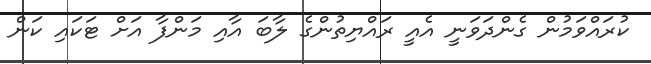
ކުރައްވަމުން ގެންދަވަނީ އެއީ ރައްޔިތުންގެ ލާބަ އާއި މަންފާ އަށް ޓަކައި ކަން